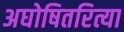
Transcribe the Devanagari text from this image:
अघोषितरित्या